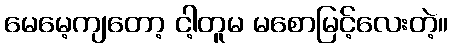
မေမေ့ကျတော့ ငါ့တူမ မစောမြင့်လေးတဲ့။